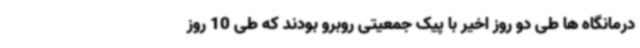
درمانگاه ها طی دو روز اخیر با پیک جمعیتی روبرو بودند که طی 10 روز